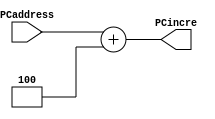
module PCIncre(
    input [31:0] PCaddress,
    output [31:0] PCincre
);
    // PCincrePC
    assign PCincre = PCaddress + 4;
endmodule